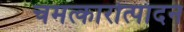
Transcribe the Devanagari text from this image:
चमत्कारोत्पादन